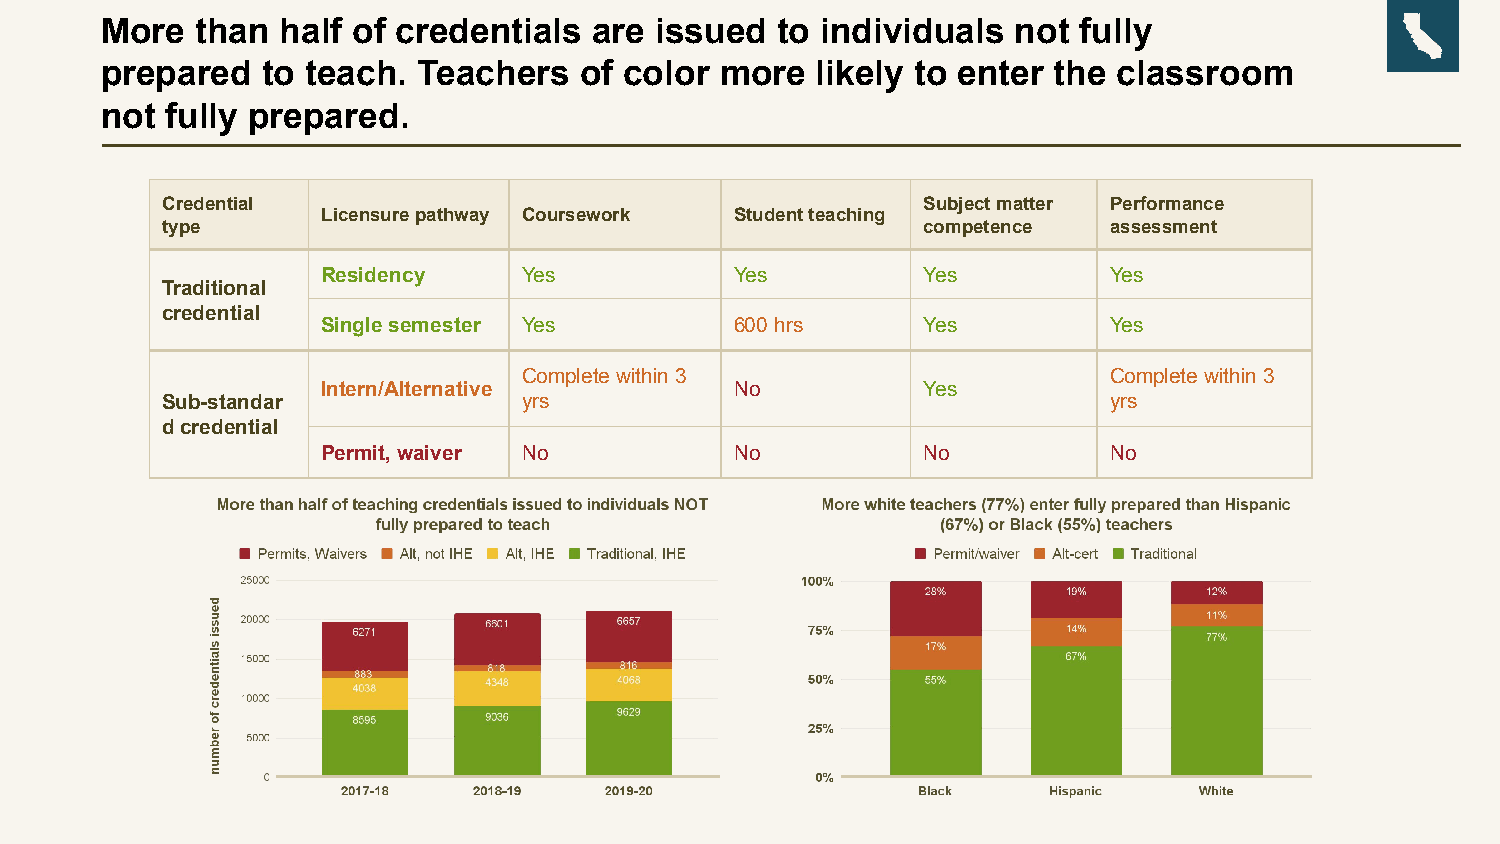
More  than  half of credentials are issued  to individuals  not  fully
 prepared  to teach.  Teachers  of color  more  likely to enter the classroom
 not fully prepared.
 Credential                                        Subject matter Performance
 Licensure pathway Coursework Student teaching
 type                                              competence  assessment
 Residency     Yes           Yes         Yes         Yes
 Traditional
 credential
 Single semester Yes         600 hrs     Yes         Yes
 Complete within 3                     Complete within 3
 Intern/Alternative          No          Yes
 Sub-standar             yrs                                   yrs
 d credential
 Permit, waiver No           No          No          No